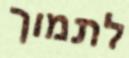
לתמוך